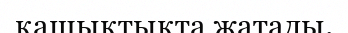
қашықтықта жатады.